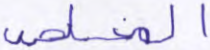
المخلصين